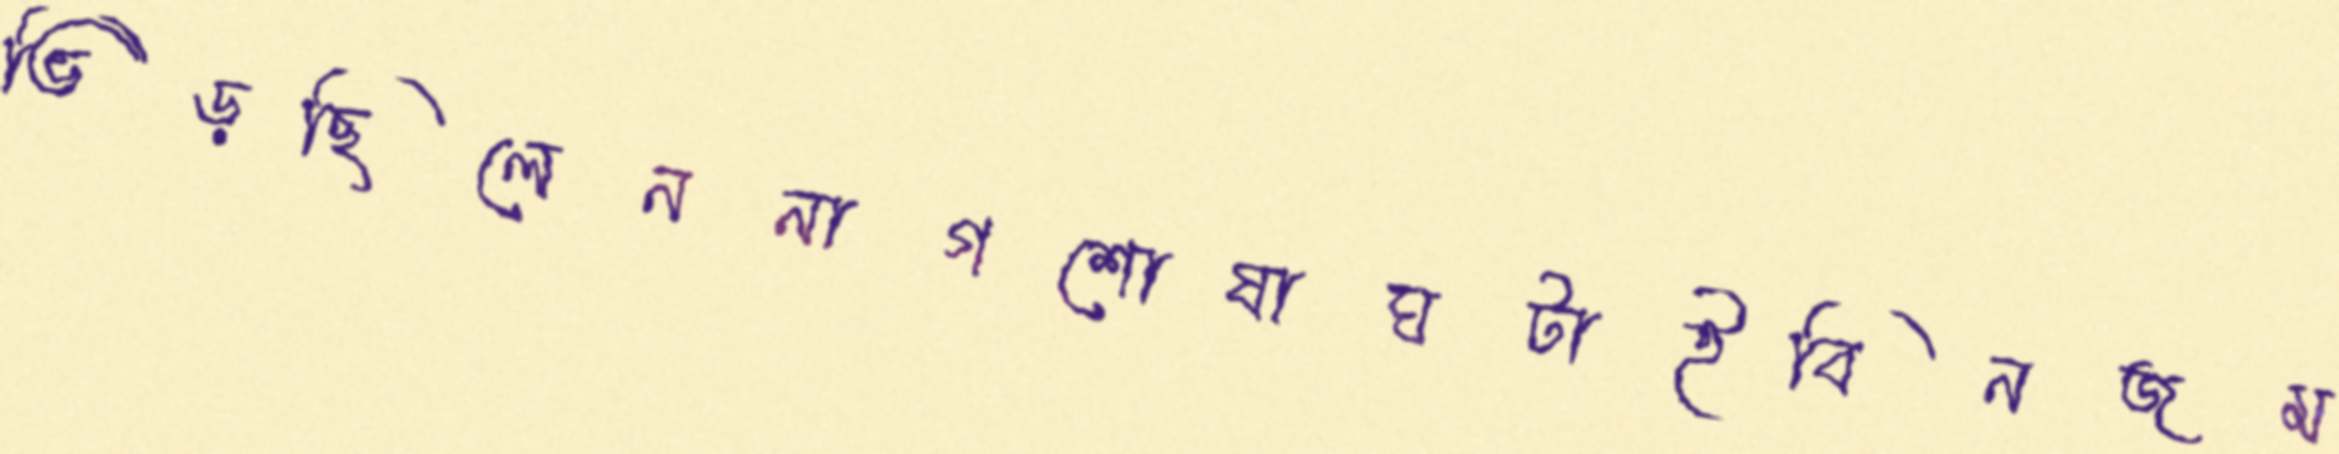
ভিড়ছিলেননাগশোষাঘটাইবিনজম